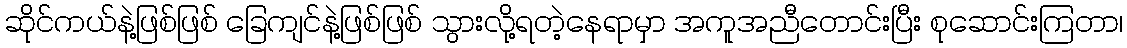
ဆိုင်ကယ်နဲ့ဖြစ်ဖြစ် ခြေကျင်နဲ့ဖြစ်ဖြစ် သွားလို့ရတဲ့နေရာမှာ အကူအညီတောင်းပြီး စုဆောင်းကြတာ၊